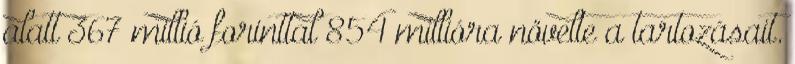
alatt 367 millió forinttal 854 millióra növelte a tartozásait.